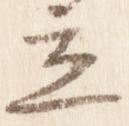
立